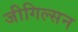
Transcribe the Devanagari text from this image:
जीगिल्सन